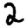
Digit: 2